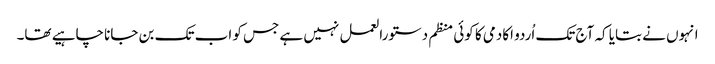
انہوں نے بتایا کہ آج تک اُردو اکادمی کا کوئی منظم دستورالعمل نہیں ہے جس کو اب تک بن جانا چاہیے تھا۔